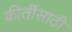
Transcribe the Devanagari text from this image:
कीर्तीसाठी